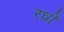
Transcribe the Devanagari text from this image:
रध्राें